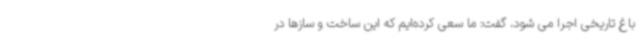
باغ تاریخی اجرا می شود، گفت: ما سعی کرده‌ایم که این ساخت و سازها در